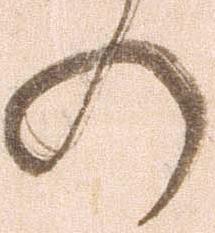
の